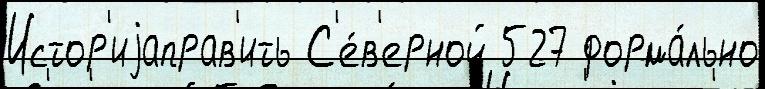
Истор'иjаправ'ить С'е́в'ерной 527 форма́льно